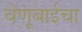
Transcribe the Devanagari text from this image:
वेणूबाईचा